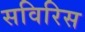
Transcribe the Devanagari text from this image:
सविरिस